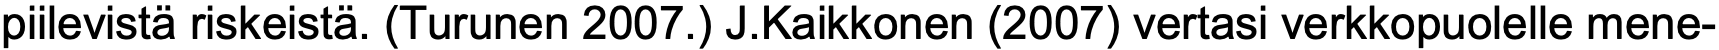
piilevistä riskeistä. (Turunen 2007.) J.Kaikkonen (2007) vertasi verkkopuolelle mene-